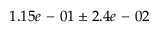
1 . 1 5 e \mathrm { ~ - ~ } 0 1 \pm 2 . 4 e \mathrm { ~ - ~ } 0 2